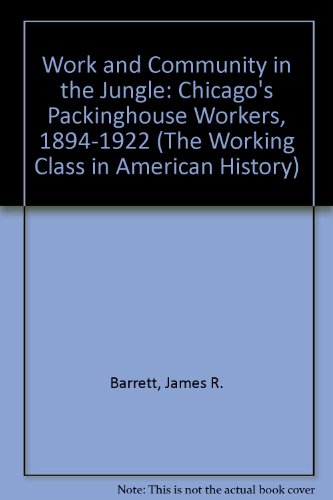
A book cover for Work and Community in the Jungle: Chicago's Packinghouse Workers, 1894-1922 (Working Class in American History); James R. Barrett; Business & Money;